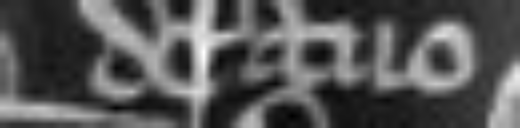
de avo